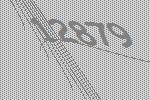
12879